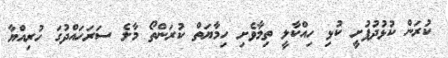
ކުރަން ކުޅުދުފުށީ ކުޅި ހިއްކާލީ ތިމާވެށި ހިމާޔަތް ކުރަންތޯ މާލެ ސަރަހައްދުގަ ހުރިއްޔާ